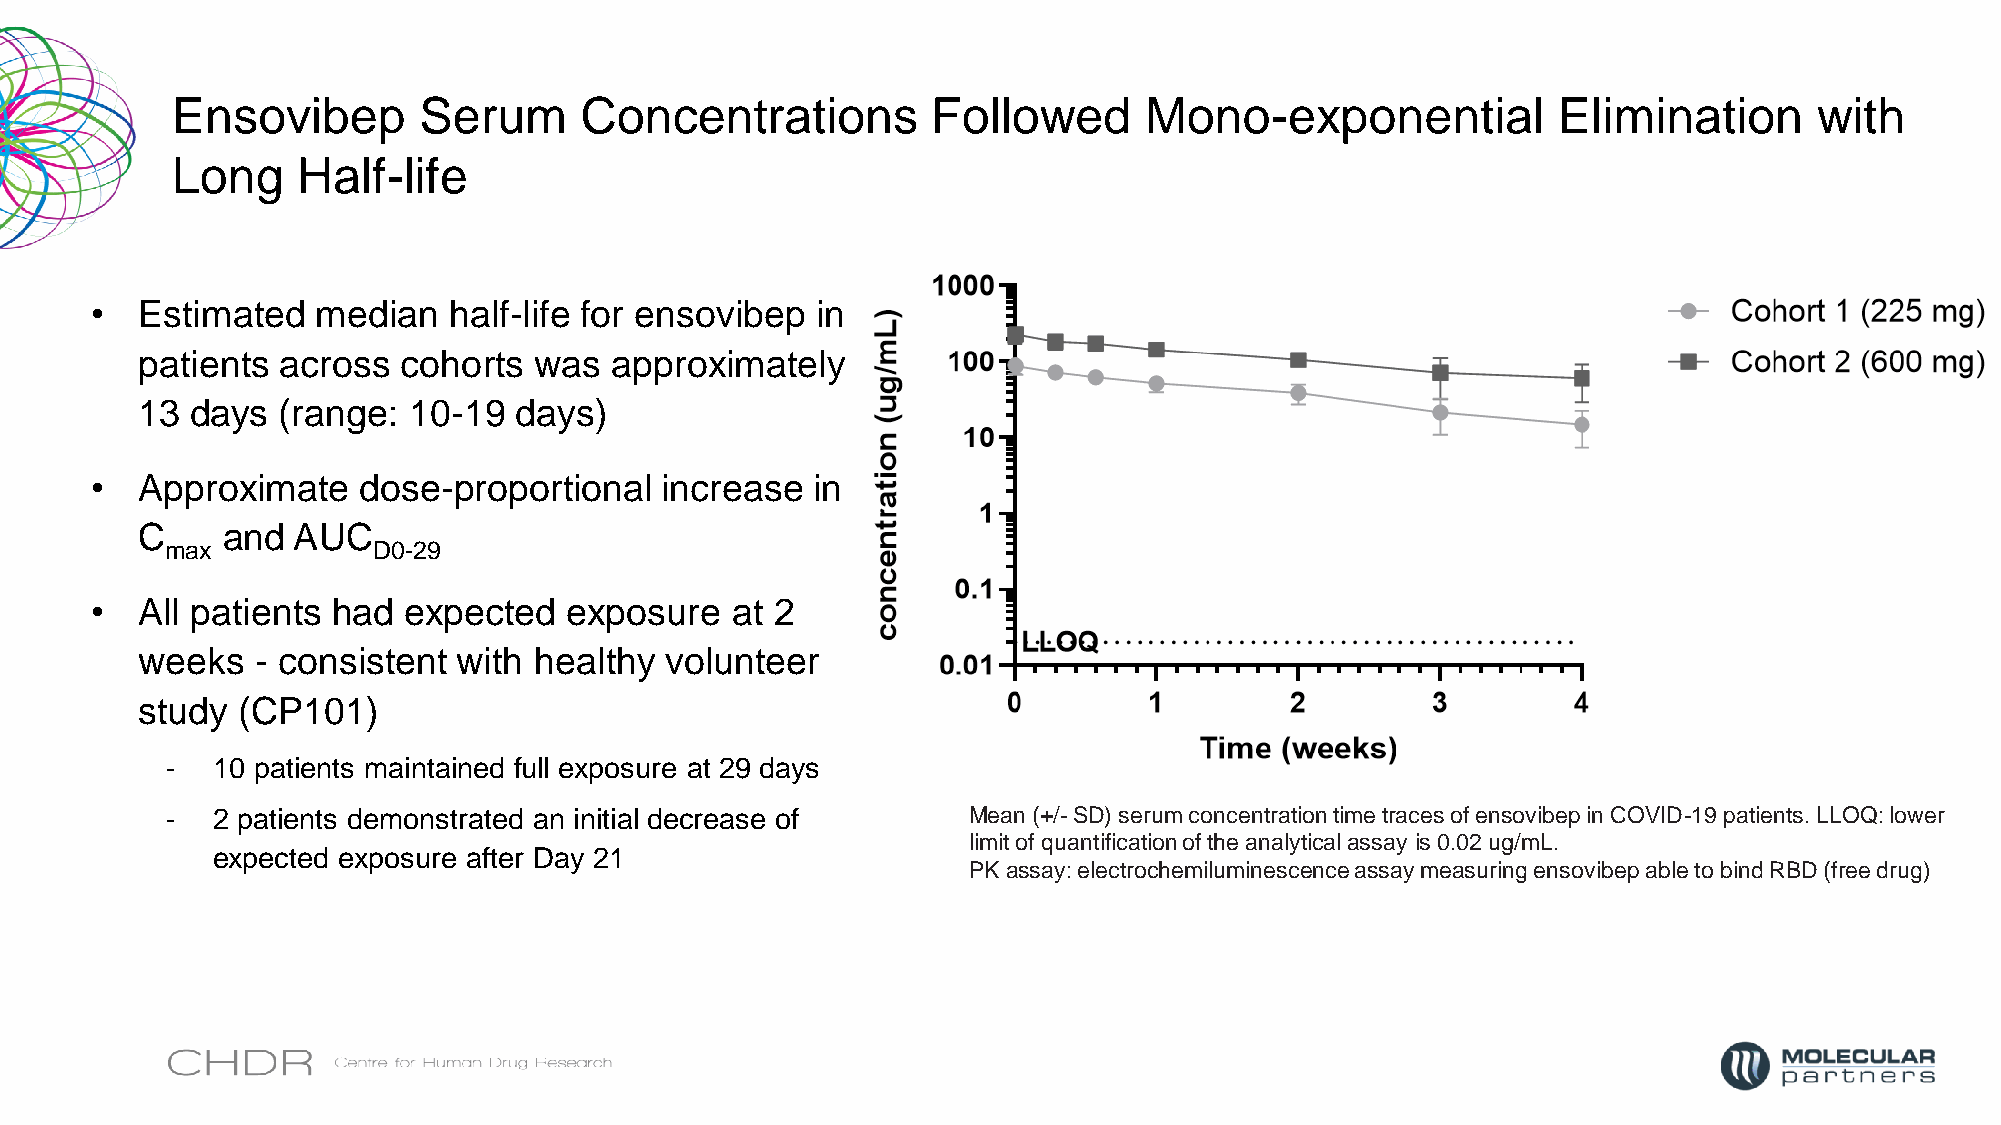
Ensovibep        Serum     Concentrations          Followed      Mono-exponential           Elimination      with
 Long     Half-life
 •  Estimated   median   half-life for ensovibep in
 patients across   cohorts was  approximately
 13  days (range:  10-19  days)
 •  Approximate    dose-proportional   increase  in
 C     and AUC
 max           D0-29
 •  All patients had  expected   exposure  at 2
 weeks   - consistent with healthy  volunteer
 study  (CP101)
 -  10 patients maintained full exposure at 29 days
 -  2 patients demonstrated an initial decrease of    Mean (+/-SD) serum concentration time traces of ensovibep in COVID-19 patients. LLOQ: lower
 limit of quantification of the analytical assay is 0.02 ug/mL.
 expected exposure after Day 21
 PKassay: electrochemiluminescence assay measuring ensovibep able to bind RBD (free drug)